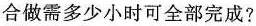
合做需多少小时可全部完成?